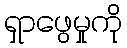
ရှာဖွေမှုကို